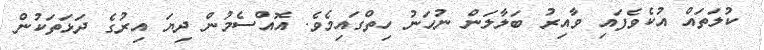
ކުލަތައް އުކެވެފައި ވާއިރު ބަލާލަން ނުހަނު ހިތްގައިމެވެ. އޮއްސެމުން ދިޔަ އިރުގެ ދަޅަތަކުން